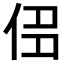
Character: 𠈎